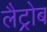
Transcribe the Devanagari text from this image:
लैट्रोब